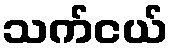
သက်ငယ်